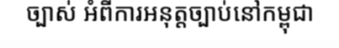
ច្បាស់ អំពីការអនុត្តច្បាប់នៅកម្ពុជា